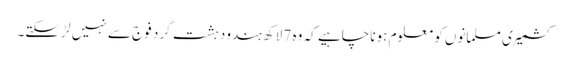
کشمیری مسلمانوں کو معلوم ہونا چاہیے کہ وہ 7 لاکھ ہندو دہشت گرد فوج سے نہیں لڑ سکتے۔